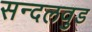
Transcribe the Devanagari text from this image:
सन्दलवुड